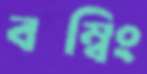
বম্বিং